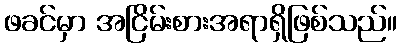
ဖခင်မှာ အငြိမ်းစားအရာရှိဖြစ်သည်။